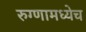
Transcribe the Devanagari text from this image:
रुग्णामध्येच